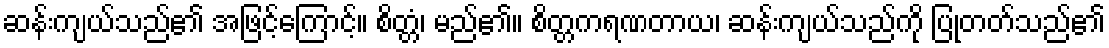
ဆန်းကျယ်သည်၏ အဖြင့်ကြောင့်။ စိတ္တံ၊ မည်၏။ စိတ္တကရဏတာယ၊ ဆန်းကျယ်သည်ကို ပြုတတ်သည်၏